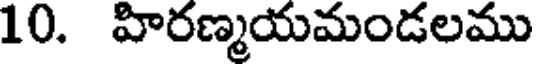
10. హిరణ్మయమండలము